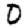
Digit: 0